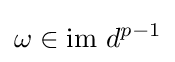
\omega \in {\text{im }}d^{p-1}